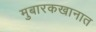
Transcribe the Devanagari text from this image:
मुबारकखानात